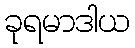
ခုရမာဒါယ